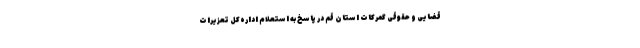
قضایی و حقوقی گمرکات استان قم در پاسخ به استعلام اداره‌کل تعزیرات